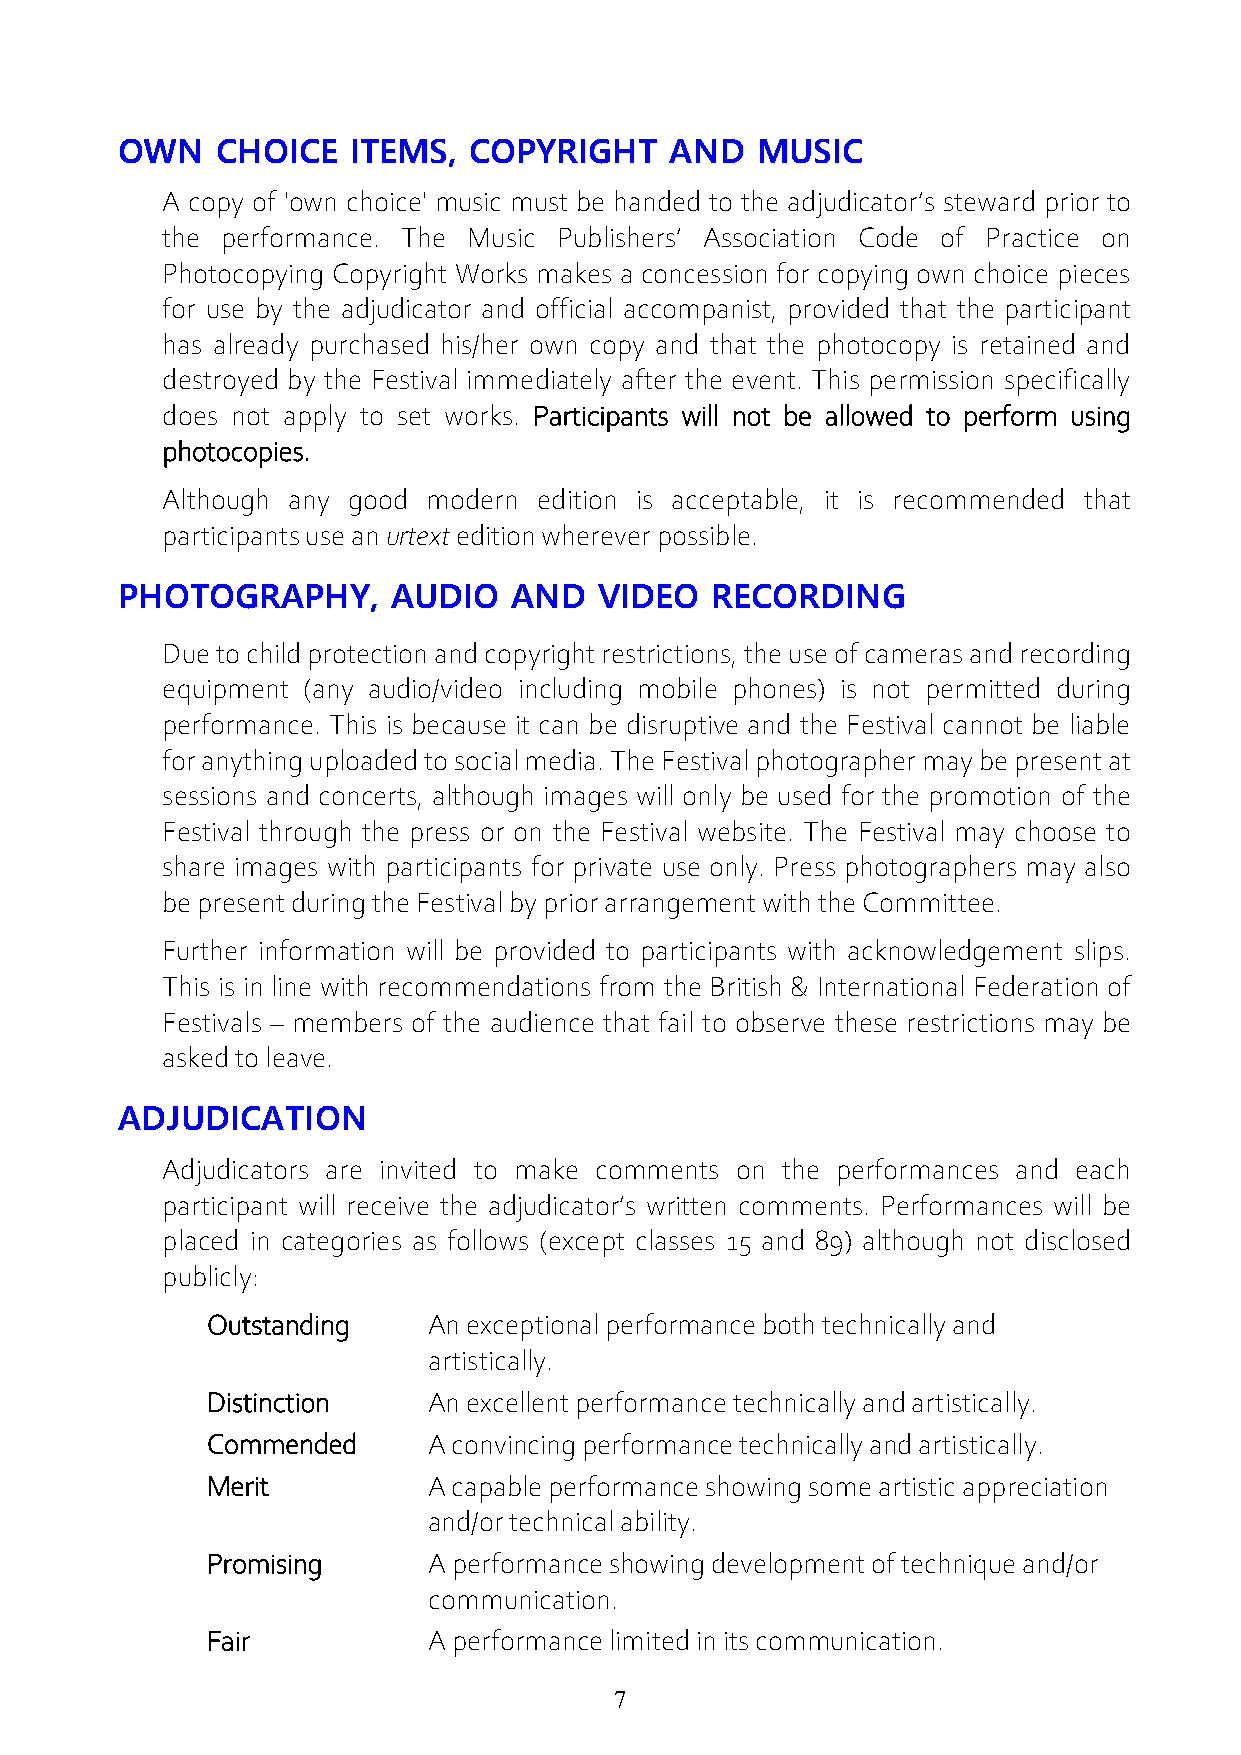
OWN   CHOICE   ITEMS,  COPYRIGHT    AND   MUSIC
 A copy of 'own choice' music must be handed to the adjudicator’s steward prior to
 the performance. The Music Publishers’ Association Code of Practice on
 Photocopying Copyright Works makes a concession for copying own choice pieces
 for use by the adjudicator and official accompanist, provided that the participant
 has already purchased his/her own copy and that the photocopy is retained and
 destroyed by the Festival immediately after the event. This permission specifically
 does not apply to set works. Participants will not be allowed to perform using
 photocopies.
 Although any good modern edition is acceptable, it is recommended that
 participants use an urtext edition wherever possible.
 PHOTOGRAPHY,      AUDIO   AND   VIDEO  RECORDING
 Due to child protection and copyright restrictions, the use of cameras and recording
 equipment (any audio/video including mobile phones) is not permitted during
 performance. This is because it can be disruptive and the Festival cannot be liable
 for anything uploaded to social media. The Festival photographer may be present at
 sessions and concerts, although images will only be used for the promotion of the
 Festival through the press or on the Festival website. The Festival may choose to
 share images with participants for private use only. Press photographers may also
 be present during the Festival by prior arrangement with the Committee.
 Further information will be provided to participants with acknowledgement slips.
 This is in line with recommendations from the British & International Federation of
 Festivals – members of the audience that fail to observe these restrictions may be
 asked to leave.
 ADJUDICATION
 Adjudicators are invited to make comments on the performances and each
 participant will receive the adjudicator’s written comments. Performances will be
 placed in categories as follows (except classes 15 and 89) although not disclosed
 publicly:
 Outstanding   An exceptional performance both technically and
 artistically.
 Distinction   An excellent performance technically and artistically.
 Commended     A convincing performance technically and artistically.
 Merit         A capable performance showing some artistic appreciation
 and/or technical ability.
 Promising     A performance showing development of technique and/or
 communication.
 Fair          A performance limited in its communication.
 7